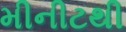
મીનીટથી